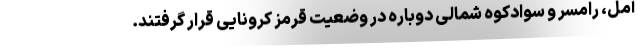
آمل، رامسر و سوادکوه شمالی دوباره در وضعیت قرمز کرونایی قرار گرفتند.